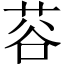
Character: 𫈅